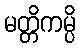
မတ္တိကမ္ပိ